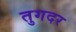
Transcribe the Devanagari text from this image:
तुगदर